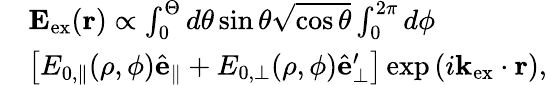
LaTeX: \begin{array}{rl}&{\mathbf{E}_{\mathrm{ex}}(\mathbf{r})\propto\int_{0}^{\Theta}d\theta\sin\theta\sqrt{\cos\theta}\int_{0}^{2\pi}d\phi}\\ &{\left[E_{0,\parallel}(\rho,\phi)\hat{\mathbf{e}}_{\parallel}+E_{0,\perp}(\rho,\phi)\hat{\mathbf{e}}_{\perp}^{\prime}\right]\exp\left(i\mathbf{k}_{\mathrm{ex}}\cdot\mathbf{r}\right),}\end{array}